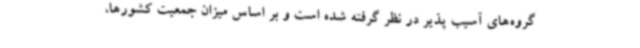
گروه‌های آسیب پذیر در نظر گرفته شده است و بر اساس میزان جمعیت کشورها،